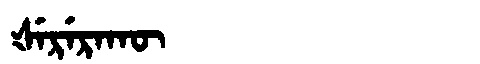
Manchu: ᡧᡝᡵᡝᡵᠠᡴᡡ
Romanization: ŠERERAKŪ